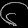
Digit: ၆